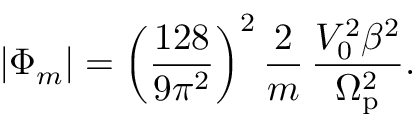
\vert \Phi _ { m } \vert = \left( \frac { 1 2 8 } { 9 \pi ^ { 2 } } \right) ^ { 2 } \frac { 2 } { m } \, \frac { V _ { 0 } ^ { 2 } \beta ^ { 2 } } { \Omega _ { \mathrm { p } } ^ { 2 } } .